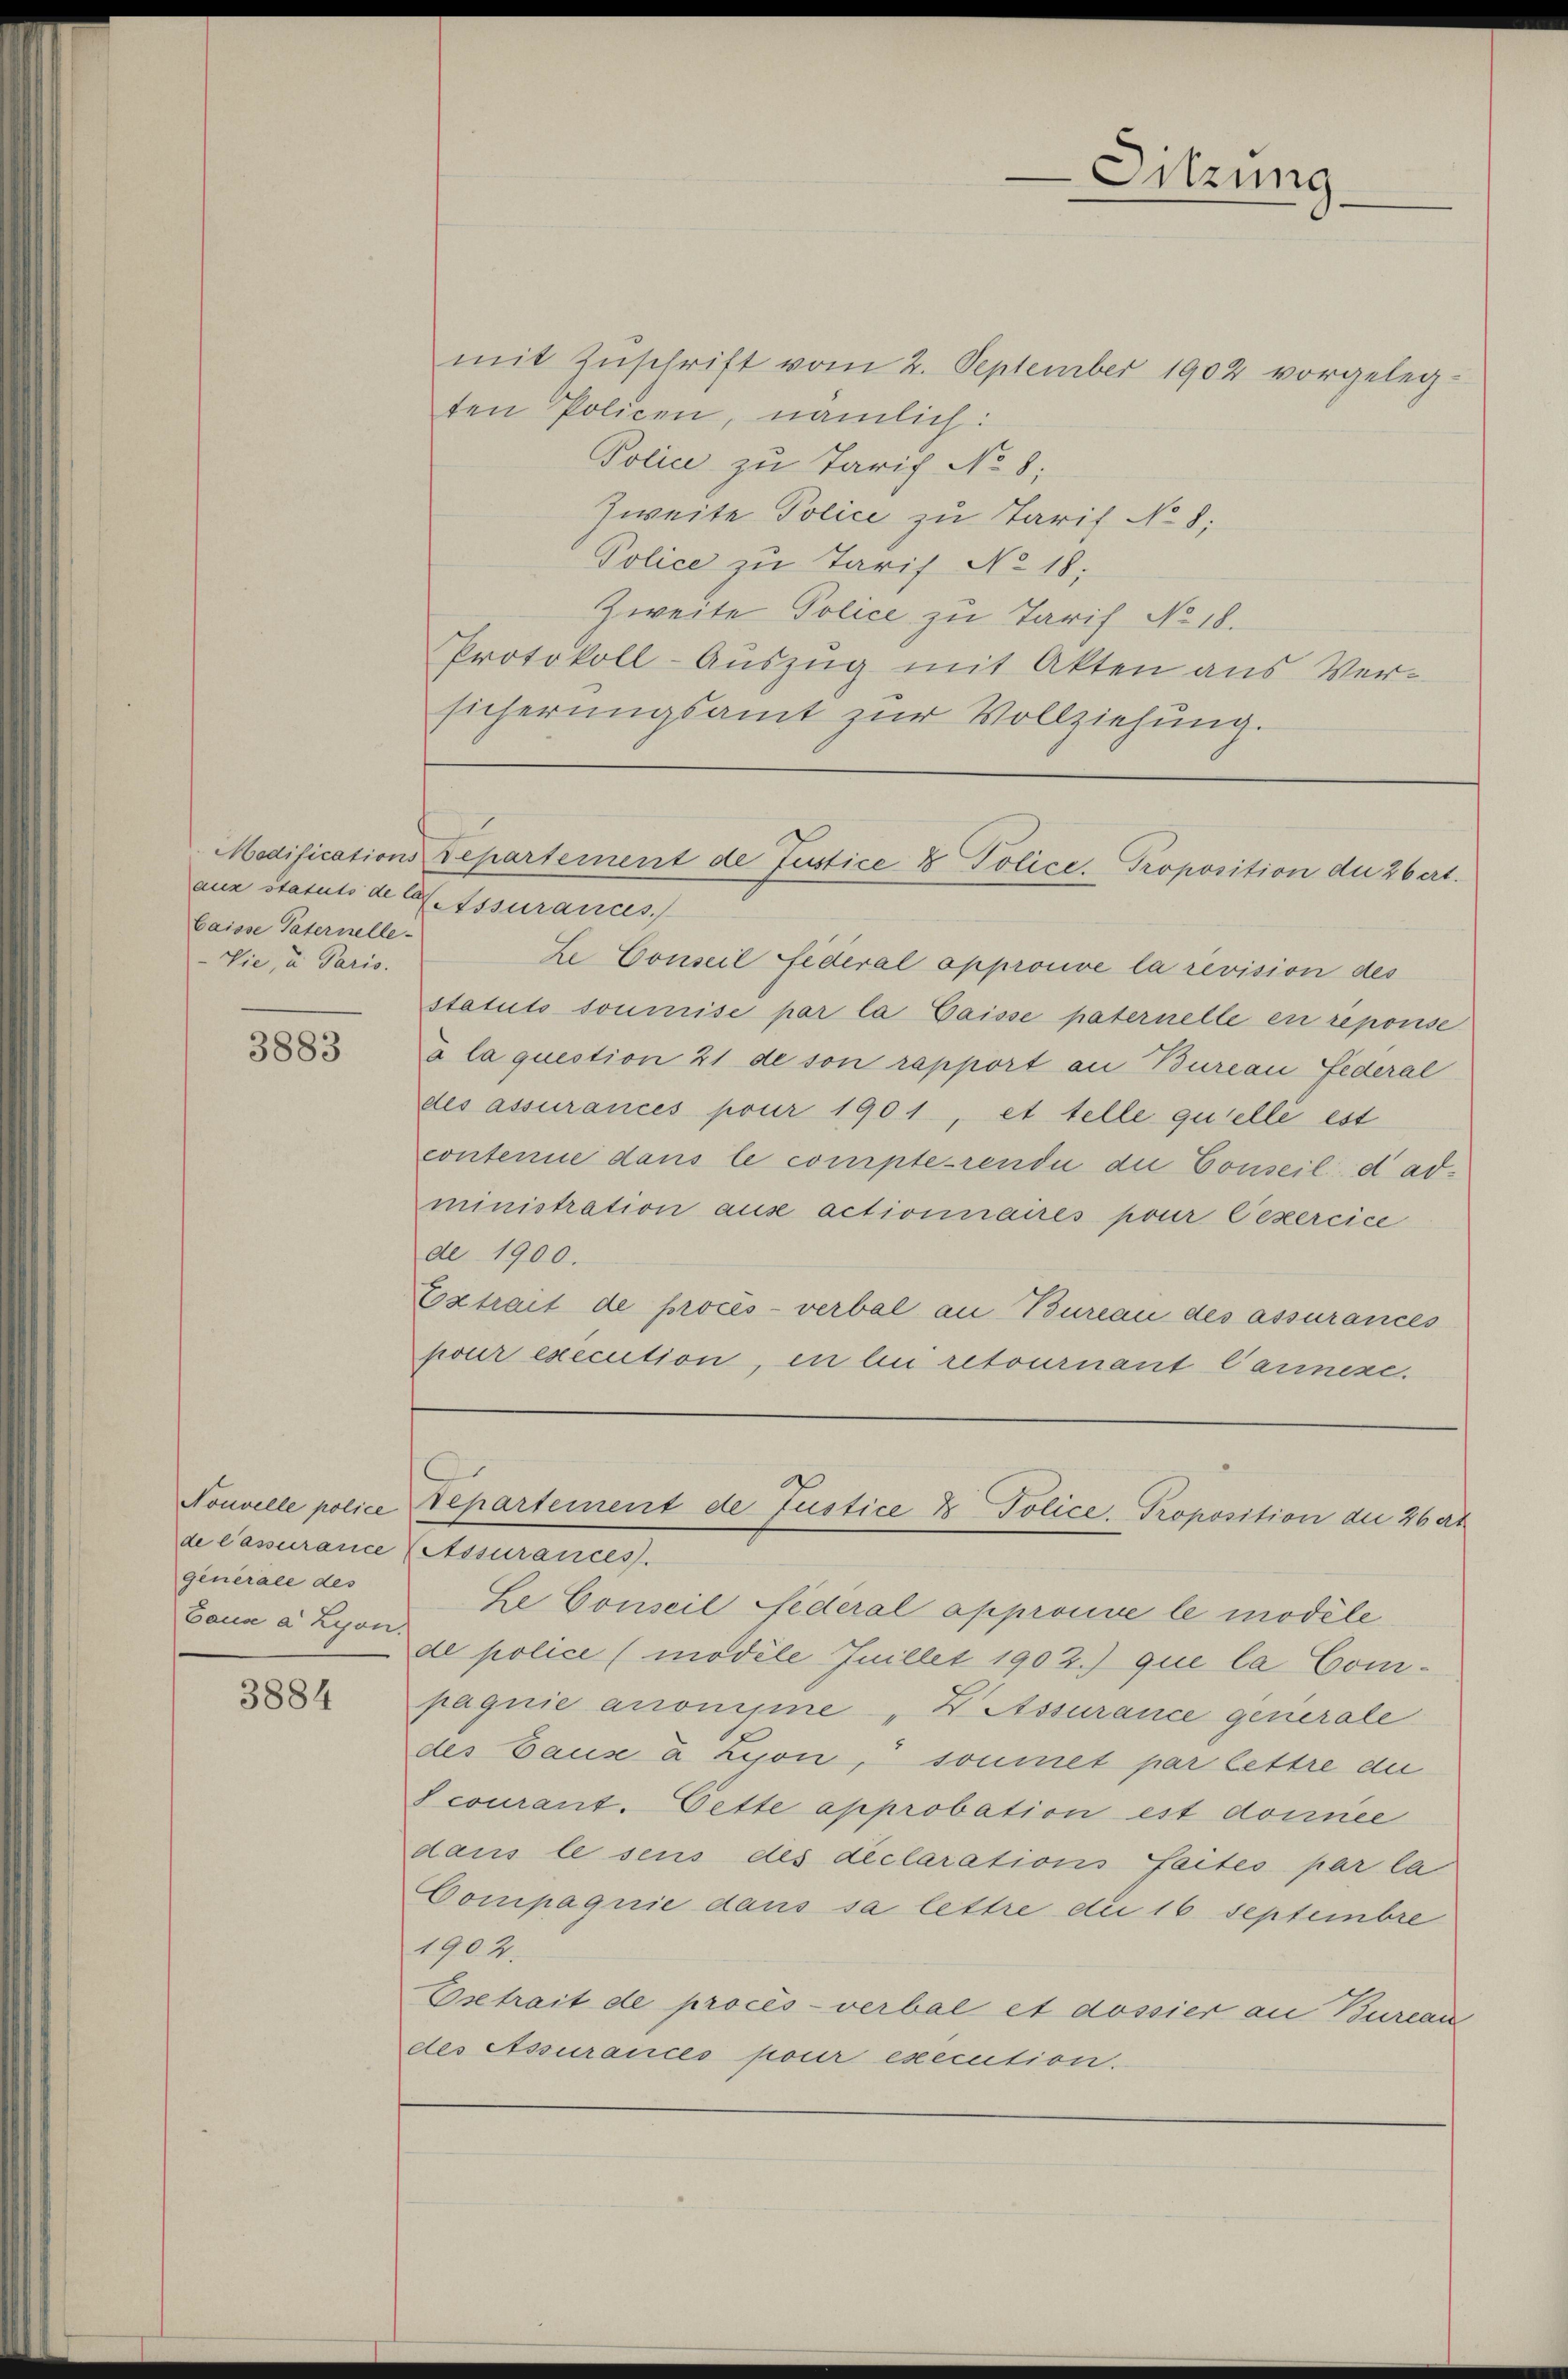
Caisse Paternelle
Vie, u. Paris.

3883

Nouvelle police
generale des
Baua a Lyon.

3884

mit Zŭschrift vom 2. September 1902 vorgeleg-
ten Policen, nämlich:
Police zu Tarif No 8;
Zweite Police zu Tarif No 8.
Police zu Tarif No 18.
Zweite Police zu Tarif No 18.
Protokoll-Auszug mit Akten aus Versicherungsamt zŭr Vollziehung.

Sitzung

Modifications Departement de Justice 8 Police Proposition der 26 Art.

aus statuts de lassurances
ze Conseil fideral approuve la revision des
statuts soumise par la Gaisse paternelle en reponse
à la question 21 de son rapport an Bureau Federal
des assurances pour 1901, et telle quelle est
contenue dans le compterende die Conseil dadministration aus actionnaires pour lexercice
de 1900.
Extrait de procès-verbal an Bureau des assurances
pour execution, in bei retournant l’année.

Se Conseil federal approuve le modele
de police (modéle Juillet 1902) que la Compagnie anonisine "Wetssurance generale
des Hause à Lyon, soumet par lettre an
Scourant. Cette approbation est donnée
dans le seis des declarations Saites par la
Compagnie dans sa lettre die 16 Septembre
1902.
Esetrait de procès-verbal et dossier an Bureau
des Assurances pour execution.

Departement de Justice & Police Proposition der 46 et
de Cassurance (Stisurances